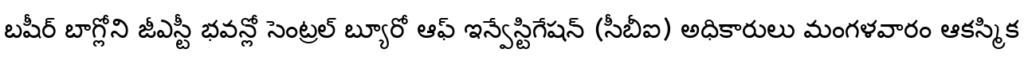
బషీర్ బాగ్లోని జీఎస్టీ భవన్లో సెంట్రల్ బ్యూరో ఆఫ్ ఇన్వేస్టిగేషన్ (సీబీఐ) అధికారులు మంగళవారం ఆకస్మిక